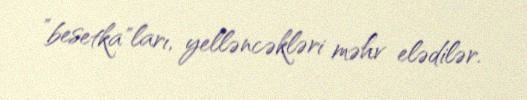
”besetka"ları, yelləncəkləri məhv elədilər.